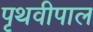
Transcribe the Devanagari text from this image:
पृथवीपाल